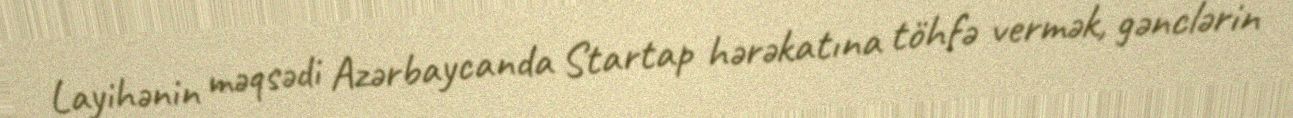
Layihənin məqsədi Azərbaycanda Startap hərəkatına töhfə vermək, gənclərin